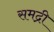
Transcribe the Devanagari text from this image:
समद्री